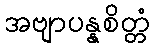
အဗျာပန္နစိတ္တံ